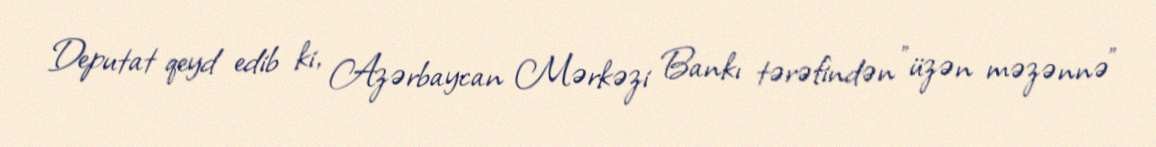
Deputat qeyd edib ki, Azərbaycan Mərkəzi Bankı tərəfindən "üzən məzənnə"